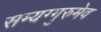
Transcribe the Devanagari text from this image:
सम्यग्गुरुमेव